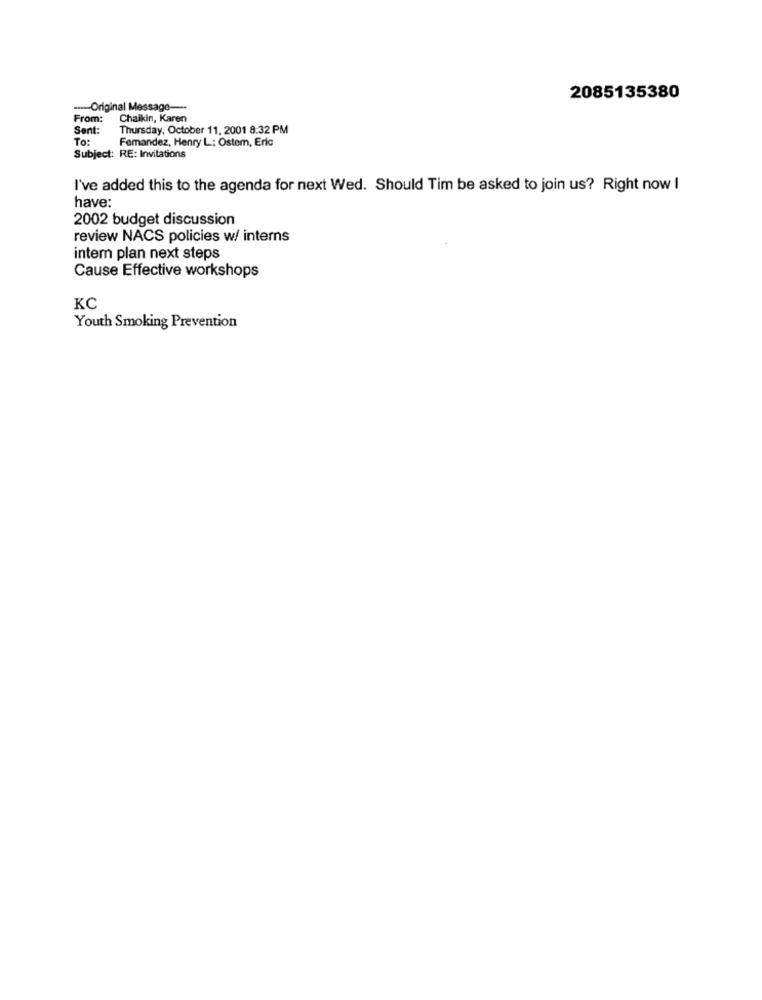
2085135380
--- Original Message-
From:
Chaikin, Karen
Sent:
Thursday, October 11, 2001 8:32 PM
To:
Femandez, Henry L .: Ostem, Eric
Subject: RE: Invitations
I've added this to the agenda for next Wed. Should Tim be asked to join us? Right now I
have:
2002 budget discussion
review NACS policies w/ interns
intern plan next steps
Cause Effective workshops
KC
Youth Smoking Prevention